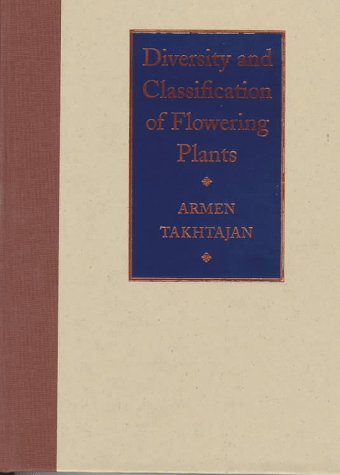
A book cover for Diversity and Classification of Flowering Plants; Armen Takhtajan; Science & Math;